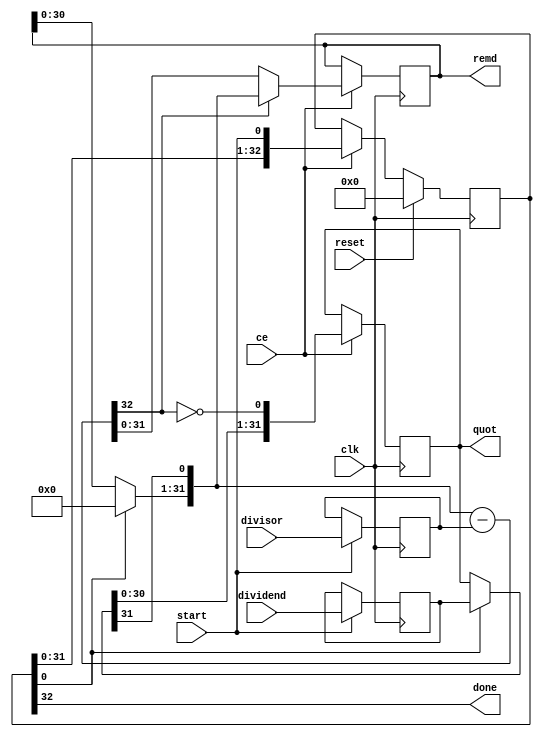
// Copyright (C) 2022, Advanced Micro Devices, Inc. All rights reserved.
// SPDX-License-Identifier: MIT
// ==============================================================
// Version: 2022.1
// ==============================================================
`timescale 1 ns / 1 ps

module pp_pipeline_accel_udiv_64ns_16ns_64_68_seq_1_divseq
#(parameter
    in0_WIDTH = 32,
    in1_WIDTH = 32,
    out_WIDTH = 32
)
(
    input                       clk,
    input                       reset,
    input                       ce,
    input                       start,
    input       [in0_WIDTH-1:0] dividend,
    input       [in1_WIDTH-1:0] divisor,
    output wire                 done,
    output wire [out_WIDTH-1:0] quot,
    output wire [out_WIDTH-1:0] remd
);

localparam cal_WIDTH = (in0_WIDTH > in1_WIDTH)? in0_WIDTH : in1_WIDTH;

//------------------------Local signal-------------------
reg     [in0_WIDTH-1:0] dividend0;
reg     [in1_WIDTH-1:0] divisor0;
reg     [in0_WIDTH-1:0] dividend_tmp;
reg     [in0_WIDTH-1:0] remd_tmp;
wire    [in0_WIDTH-1:0] dividend_tmp_mux;
wire    [in0_WIDTH-1:0] remd_tmp_mux;
wire    [in0_WIDTH-1:0] comb_tmp;
wire    [cal_WIDTH:0]   cal_tmp;

//------------------------Body---------------------------
assign  quot   = dividend_tmp;
assign  remd   = remd_tmp;

// dividend0, divisor0
always @(posedge clk)
begin
    if (start) begin
        dividend0 <= dividend;
        divisor0  <= divisor;
    end
end

// One-Hot Register
// r_stage[0]=1:accept input; r_stage[in0_WIDTH]=1:done
reg     [in0_WIDTH:0]     r_stage;
assign done = r_stage[in0_WIDTH];
always @(posedge clk)
begin
    if (reset == 1'b1)
        r_stage[in0_WIDTH:0] <= {in0_WIDTH{1'b0}};
    else if (ce)
        r_stage[in0_WIDTH:0] <= {r_stage[in0_WIDTH-1:0], start};
end

// MUXs
assign  dividend_tmp_mux = r_stage[0]? dividend0 : dividend_tmp;
assign  remd_tmp_mux     = r_stage[0]? {in0_WIDTH{1'b0}} : remd_tmp;

if (in0_WIDTH == 1) assign comb_tmp = dividend_tmp_mux[0];
else                assign comb_tmp = {remd_tmp_mux[in0_WIDTH-2:0], dividend_tmp_mux[in0_WIDTH-1]};

assign  cal_tmp  = {1'b0, comb_tmp} - {1'b0, divisor0};

always @(posedge clk)
begin
    if (ce) begin
        if (in0_WIDTH == 1) dividend_tmp <= ~cal_tmp[cal_WIDTH];
        else           dividend_tmp <= {dividend_tmp_mux[in0_WIDTH-2:0], ~cal_tmp[cal_WIDTH]};
        remd_tmp     <= cal_tmp[cal_WIDTH]? comb_tmp : cal_tmp[in0_WIDTH-1:0];
    end
end

endmodule

module pp_pipeline_accel_udiv_64ns_16ns_64_68_seq_1
#(parameter
        ID   = 1,
        NUM_STAGE   = 2,
        din0_WIDTH   = 32,
        din1_WIDTH   = 32,
        dout_WIDTH   = 32
)
(
        input                           clk,
        input                           reset,
        input                           ce,
        input                           start,
        output  reg                     done,
        input           [din0_WIDTH-1:0] din0,
        input           [din1_WIDTH-1:0] din1,
        output          [dout_WIDTH-1:0] dout
);
//------------------------Local signal-------------------
reg                       start0 = 'b0;
wire                      done0;
reg     [din0_WIDTH-1:0] dividend0;
reg     [din1_WIDTH-1:0] divisor0;
wire    [din0_WIDTH-1:0] dividend_u;
wire    [din1_WIDTH-1:0] divisor_u;
wire    [dout_WIDTH-1:0] quot_u;
wire    [dout_WIDTH-1:0] remd_u;
reg     [dout_WIDTH-1:0] quot;
reg     [dout_WIDTH-1:0] remd;
//------------------------Instantiation------------------
pp_pipeline_accel_udiv_64ns_16ns_64_68_seq_1_divseq #(
    .in0_WIDTH      ( din0_WIDTH ),
    .in1_WIDTH      ( din1_WIDTH ),
    .out_WIDTH      ( dout_WIDTH )
) pp_pipeline_accel_udiv_64ns_16ns_64_68_seq_1_divseq_u (
    .clk      ( clk ),
    .reset    ( reset ),
    .ce       ( ce ),
    .start    ( start0 ),
    .done     ( done0 ),
    .dividend ( dividend_u ),
    .divisor  ( divisor_u ),
    .quot     ( quot_u ),
    .remd     ( remd_u )
);
//------------------------Body---------------------------
assign dividend_u = dividend0;
assign divisor_u = divisor0;

always @(posedge clk)
begin
    if (ce) begin
        dividend0 <= din0;
        divisor0  <= din1;
        start0    <= start;
    end
end

always @(posedge clk)
begin
    done <= done0;
end

always @(posedge clk)
begin
    if (done0) begin
        quot <= quot_u;
        remd <= remd_u;
    end
end

assign dout = quot;

endmodule